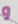
و